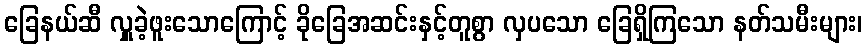
ခြေနယ်ဆီ လှူခဲ့ဖူးသောကြောင့် ခိုခြေအဆင်းနှင့်တူစွာ လှပသော ခြေရှိကြသော နတ်သမီးများ၊